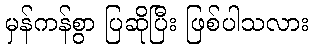
မှန်ကန်စွာ ပြဆိုပြီး ဖြစ်ပါသလား